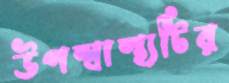
উপস্বাস্থ্যটির